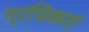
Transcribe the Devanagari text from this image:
ग्रंथिकाएं